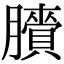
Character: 𦢒